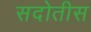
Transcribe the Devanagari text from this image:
सदोतीस